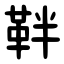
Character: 靽